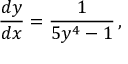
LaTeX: { \frac { d y } { d x } } = { \frac { 1 } { 5 y ^ { 4 } - 1 } } \, ,